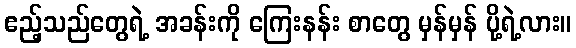
ဧည့်သည်တွေရဲ့ အခန်းကို ကြေးနန်း စာတွေ မှန်မှန် ပို့ရဲ့လား။